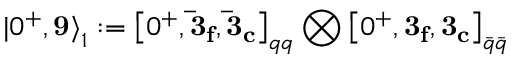
{ | 0 ^ { + } , { \bf 9 } \rangle } _ { 1 } : = { \left[ 0 ^ { + } , { \bf { \bar { 3 } } _ { f } } , { \bf { \bar { 3 } } _ { c } } \right] } _ { q q } \bigotimes { \left[ 0 ^ { + } , { \bf { 3 _ { f } } } , { \bf { 3 _ { c } } } \right] } _ { \bar { q } \bar { q } }